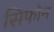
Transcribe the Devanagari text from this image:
सिफोन